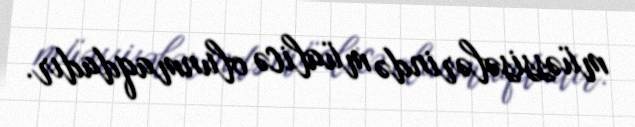
müəssisələrində müalicə olunmaqdadır.